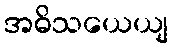
အဓိသယေယျ